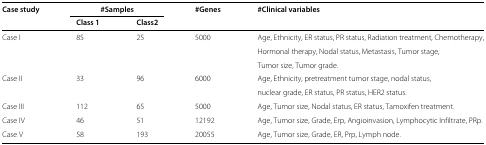
<table><thead><tr><td><b>Case study</b></td><td colspan="2"><b><i>#</i>Samples</b></td><td><b><i>#</i>Genes</b></td><td><b><i>#</i>Clinical variables</b></td></tr><tr><td></td><td><b>Class 1</b></td><td><b>Class2</b></td><td></td><td></td></tr></thead><tbody><tr><td>Case I</td><td>85</td><td>25</td><td>5000</td><td>Age, Ethnicity, ER status, PR status, Radiation treatment, Chemotherapy,</td></tr><tr><td></td><td></td><td></td><td></td><td>Hormonal therapy, Nodal status, Metastasis, Tumor stage,</td></tr><tr><td></td><td></td><td></td><td></td><td>Tumor size, Tumor grade.</td></tr><tr><td>Case II</td><td>33</td><td>96</td><td>6000</td><td>Age, Ethnicity, pretreatment tumor stage, nodal status,</td></tr><tr><td></td><td></td><td></td><td></td><td>nuclear grade, ER status, PR status, HER2 status.</td></tr><tr><td>Case III</td><td>112</td><td>65</td><td>5000</td><td>Age, Tumor size, Nodal status, ER status, Tamoxifen treatment.</td></tr><tr><td>Case IV</td><td>46</td><td>51</td><td>12192</td><td>Age, Tumor size, Grade, Erp, Angioinvasion, Lymphocytic Infiltrate, PRp.</td></tr><tr><td>Case V</td><td>58</td><td>193</td><td>20055</td><td>Age, Tumor size, Grade, ER, Prp, Lymph node.</td></tr></tbody></table>